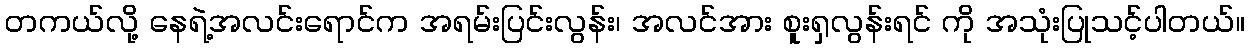
တကယ်လို့ နေရဲ့အလင်းရောင်က အရမ်းပြင်းလွန်း၊ အလင်အား စူးရှလွန်းရင် ကို အသုံးပြုသင့်ပါတယ်။